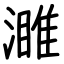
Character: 濉